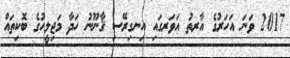
2017 ވަނަ އަހަރުގެ އާރތު އަވަރގައި އިނގިރޭސި ޤާނޫނު ހަދާ މަޖިލީހުގެ ބޮކިތައް